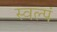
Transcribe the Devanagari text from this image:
स्वल्पं